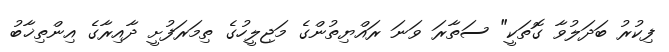
ފިކުރު ބަދަލުވާ ގޮތަކީ" ސަތާރަ ވަނަ ރައްޔިތުންގެ މަޖިލީހުގެ ތިމަރަފުށީ ދާއިރާގެ އިންތިޚާބު